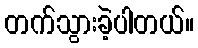
တက်သွားခဲ့ပါတယ်။